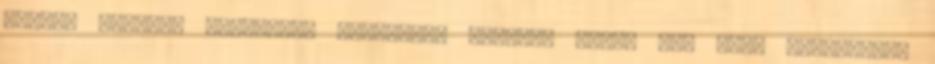
verzió szerint koszorúér trombózis végzett vele, míg Otto Skorzensky